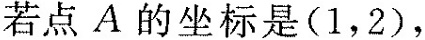
若点A的坐标是(1，2)，